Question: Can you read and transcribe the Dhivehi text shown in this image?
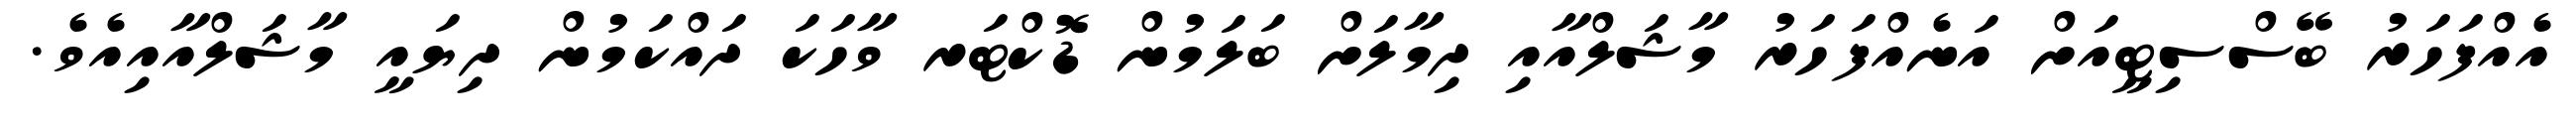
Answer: އެއްފަހަރު ބޭސްސިޓީއަށް އަނެއްފަހަރު މާޝަލްއާއި ދިމާލަށް ބަލަމުން ޑޮކްޓަރ ވާހަކަ ދައްކަމުން ދިޔައީ މާޝަލްއާއިއެވެ.